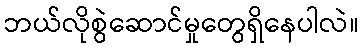
ဘယ်လိုစွဲဆောင်မှုတွေရှိနေပါလဲ။